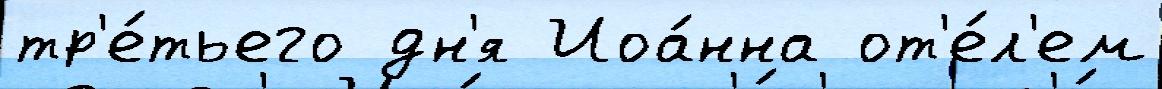
тр'е́тьего дн'я Иоа́нна от'е́л'ем